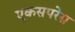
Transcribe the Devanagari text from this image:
एकसपरेस